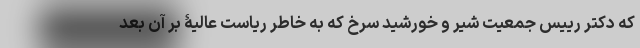
که دکتر رییس جمعیت شیر و خورشید سرخ که به خاطر ریاست عالیۀ بر آن بعد